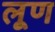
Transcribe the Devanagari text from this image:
लूण